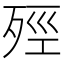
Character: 殌